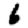
Digit: 6